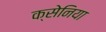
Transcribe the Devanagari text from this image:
क्सेनिया